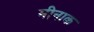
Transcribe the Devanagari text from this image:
मीनाक